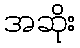
အဆိုး